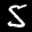
Label: 5